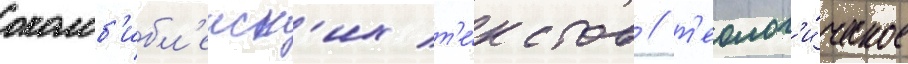
околоб'ибл'еиск'их т'е́кстов / т'еолог'и́ческое